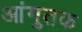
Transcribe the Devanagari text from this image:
आंगुतक